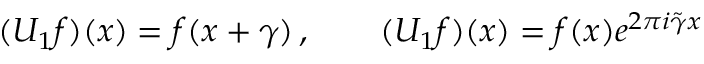
( U _ { 1 } f ) ( x ) = f ( x + \gamma ) \, , \qquad ( U _ { 1 } f ) ( x ) = f ( x ) e ^ { 2 \pi i \tilde { \gamma } x }